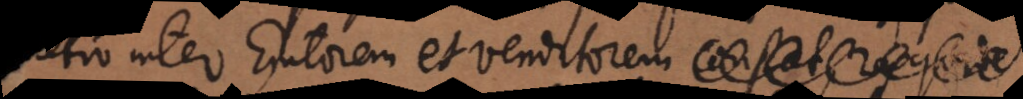
pretio inter Emtorem et venditorem